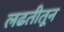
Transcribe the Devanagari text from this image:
लढतीतून